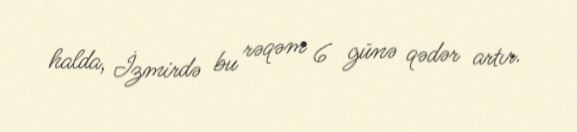
halda, İzmirdə bu rəqəm 6 günə qədər artır.